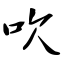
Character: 吹